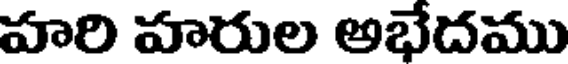
హరి హరుల అభేదము